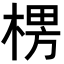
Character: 𣕶